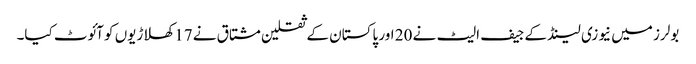
بولرز میں نیوزی لینڈ کے جیف الیٹ نے 20 اور پاکستان کے ثقلین مشتاق نے 17 کھلاڑیوں کو آئوٹ کیا۔